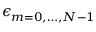
\epsilon _ { m = 0 , \dots , N - 1 }